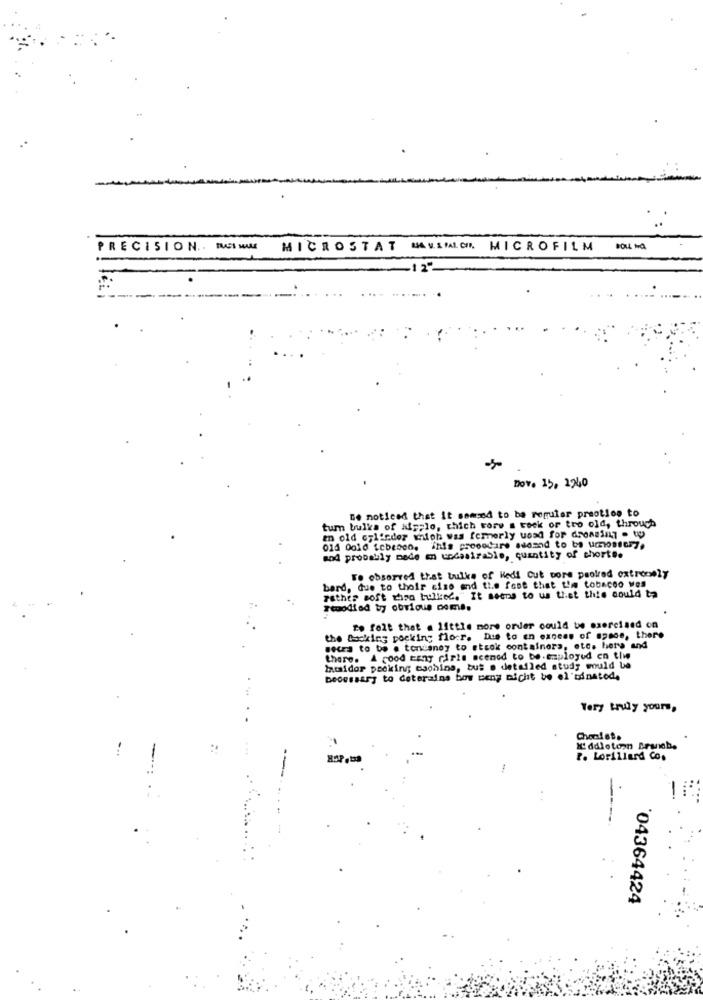
PRECISION .. MASI MAME
MICROSTAT
MA V.SPALOH. MICROFILM
12-
Dov. 15, 1940
De noticed that it somsed to be regular preotion to
tum bulka of his;lo, thich Fore a tock or tro old, through
e old cylinder which was formerly uosd for dressing . wp
01d 0010 tcbenen. inis procedure sedmad to be umossery.
and probably mede en undesirable, quantity of short ..
To observed that bulks of Hedi Cut pore paokred extremely
bard, due to their sise and the foot that the tobacco ves
Father soft thro tulled."It seems to us that this could ta
Foodiad by obvious come.
To felt that a little more order could be exercised on
the Backing pocking flor. Die to en exness of space, there
becca to be . tondanoy to stsok containers, etc. here and
there. A Good many girls acemed to be employed in the
Iamsidor packing caching, bus . detailed study would be
beoessary to deterains bow weng nicht be el tinatode
Very truly yours,
Xddlotcon Braneb.
P. Lorillard Co.
----
04364424